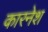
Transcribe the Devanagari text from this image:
कारनेश